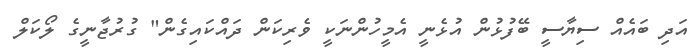
އަދި ބައެއް ސިޔާސީ ބޭފުޅުން އުޅެނީ އެމީހުންނަކީ ވެރިކަން ދައްކައިގެން" ގުރުޖާނީގެ ލޯކަލް